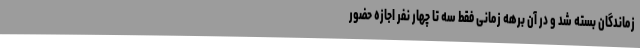
زماندگان بسته شد و در آن برهه زمانی فقط سه تا چهار نفر اجازه حضور